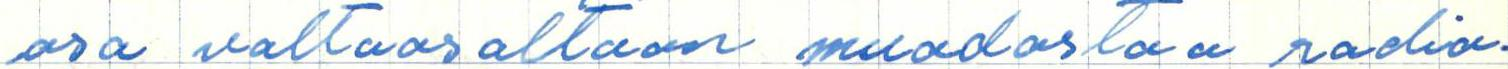
osa valtaosaltaan muodostaa radio-